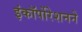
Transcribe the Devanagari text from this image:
इंकॉर्पोरेशनने